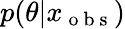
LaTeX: p(\theta|x_{\mathrm{~o~b~s~}})